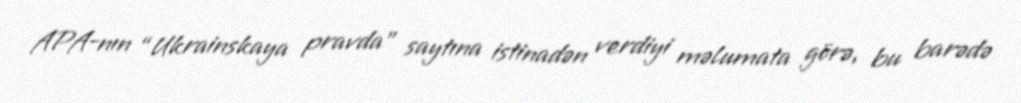
APA-nın “Ukrainskaya pravda” saytına istinadən verdiyi məlumata görə, bu barədə